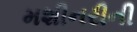
મશીનરીની